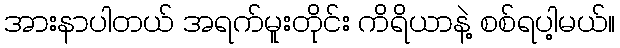
အားနာပါတယ် အရက်မူးတိုင်း ကိရိယာနဲ့ စစ်ရပါ့မယ်။